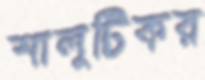
শালুটিকর